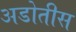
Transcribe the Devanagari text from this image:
अडोतीस